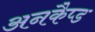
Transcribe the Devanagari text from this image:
अनकैप्ड